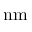
\mathrm { n m }